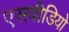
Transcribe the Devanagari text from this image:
एसवीडियो